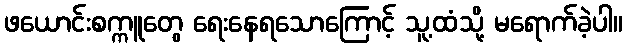
ဖယောင်းစက္ကူတွေ ရေးနေရသောကြောင့် သူ့ထံသို့ မရောက်ခဲ့ပါ။